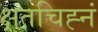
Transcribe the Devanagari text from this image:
क्षतचिह्नं